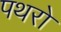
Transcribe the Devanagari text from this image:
पथरो